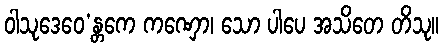
ဝါသုဒေဝေ’န္တကေ ကဏှော၊ သော ပါပေ အသိတေ တိသု။